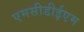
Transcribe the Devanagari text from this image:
एमसीडीईएम